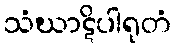
သံဃာဋိပါရုတံ